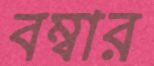
বম্বার